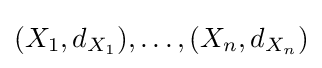
(X_{1},d_{X_{1}}),\ldots ,(X_{n},d_{X_{n}})